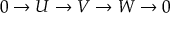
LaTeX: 0 \to U \to V \to W \to 0